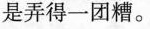
是弄得一团糟。